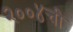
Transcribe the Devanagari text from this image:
२००४ची